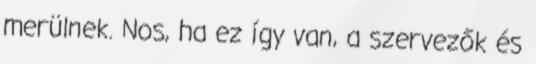
merülnek. Nos, ha ez így van, a szervezők és